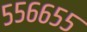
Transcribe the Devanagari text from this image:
५५६६५५